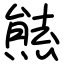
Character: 㷱